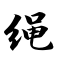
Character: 绳